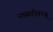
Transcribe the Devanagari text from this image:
नासरीगन्ज्